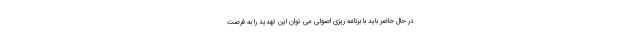
در حال حاضر باید با برنامه ریزی اصولی می توان این تهدید را به فرصت